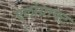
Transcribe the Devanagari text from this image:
एलोग्राफ्ट